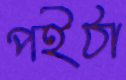
পইঠা